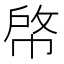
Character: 𢃘